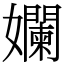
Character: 孄